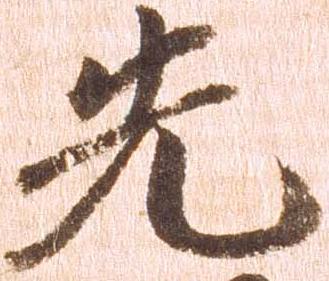
先